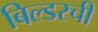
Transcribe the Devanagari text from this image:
बिल्डरची